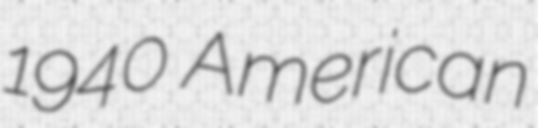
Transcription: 1940 American